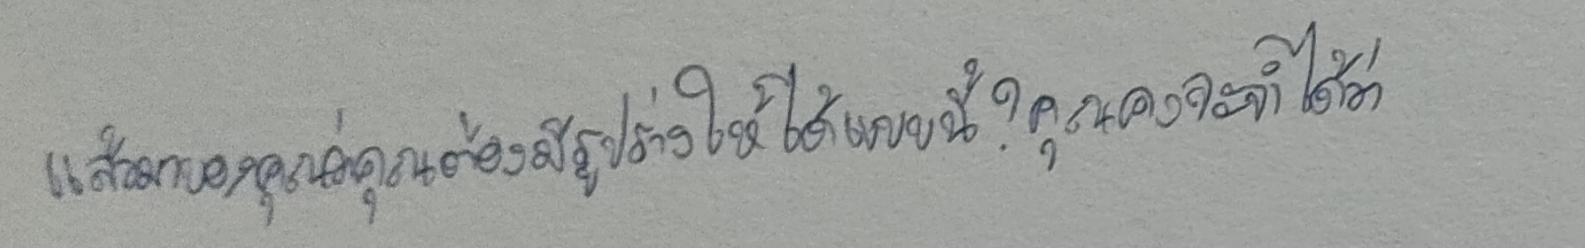
แล้วมาบอกคุณว่าคุณต้องมีรูปร่างให้ได้แบบนี้?คุณคงจะจำได้ว่า